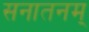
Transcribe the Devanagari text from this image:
सनातनम्